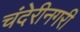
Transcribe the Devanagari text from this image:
चंदेरीनगरी